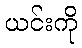
ယင်းကို